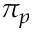
\pi _ { p }